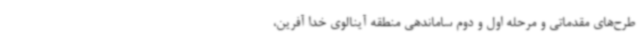
طرح‌های مقدماتی و مرحله اول و دوم ساماندهی منطقه آینالوی خدا آفرین،